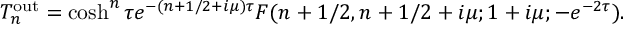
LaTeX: T _ { n } ^ { \mathrm { { o u t } } } = \cosh ^ { n } \tau e ^ { - ( n + 1 / 2 + i \mu ) \tau } F ( n + 1 / 2 , n + 1 / 2 + i \mu ; 1 + i \mu ; - e ^ { - 2 \tau } ) .